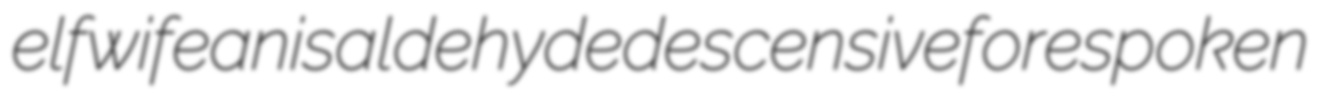
elfwife anisaldehyde descensive forespoken